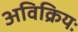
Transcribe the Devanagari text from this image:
अविक्रियः